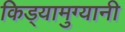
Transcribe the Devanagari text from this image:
किड्यामुग्यानी